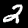
Digit: 2